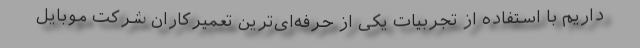
داریم با استفاده از تجربیات یکی از حرفه‌ای‌ترین تعمیرکاران شرکت موبایل